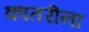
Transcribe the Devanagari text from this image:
कातरीना